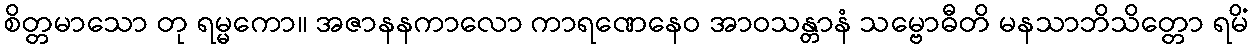
စိတ္တမာသော တု ရမ္မကော။ အဇာနနကာလော ကာရဏေနေဝ အာဝသန္တာနံ သမ္ဗောဓီတိ မနသာဘိသိတ္တော ရမိံ